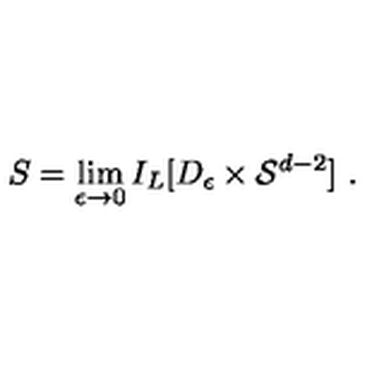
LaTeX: S = \lim _ { \epsilon \rightarrow 0 } I _ { L } [ D _ { \epsilon } \times { \cal S } ^ { d - 2 } ] \ .